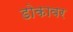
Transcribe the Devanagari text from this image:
डोकावर